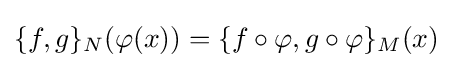
{\{f,g\}_{N}}(\varphi (x))={\{f\circ \varphi ,g\circ \varphi \}_{M}}(x)